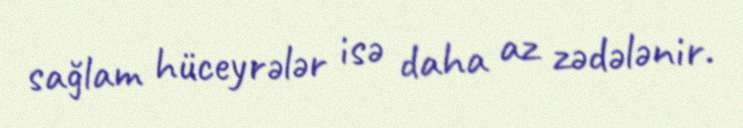
sağlam hüceyrələr isə daha az zədələnir.